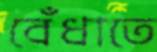
বেঁধাতে